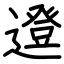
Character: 邆